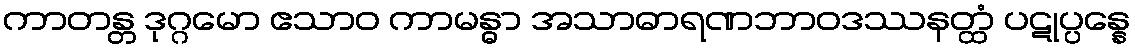
ကာတန္တ ဒုဂ္ဂမော ဧသာဝ ကာမန္ဓာ အသာဓာရဏဘာဝဒဿနတ္ထံ ပဋုပ္ပန္နေ